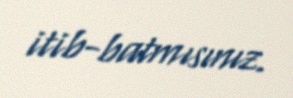
itib-batmısınız.